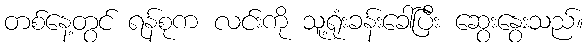
တစ်နေ့တွင် ရန်စုက လင်းကို သူ့ရုံးခန်းခေါ်ပြီး ဆွေးနွေးသည်။